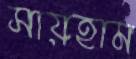
সায়হাম